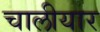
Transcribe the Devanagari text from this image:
चालीयार